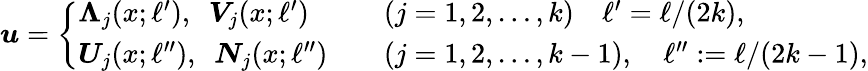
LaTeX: \begin{array}{r}{\boldsymbol{u}=\left\{ \begin{array}{ll}{\boldsymbol{\Lambda}_{j}(x;\ell^{\prime}),~~\boldsymbol{V}_{j}(x;\ell^{\prime})\quad}&{(j=1,2,\ldots,k)\quad\ell^{\prime}=\ell/(2k),}\\ {\boldsymbol{U}_{j}(x;\ell^{\prime\prime}),~~\boldsymbol{N}_{j}(x;\ell^{\prime\prime})\quad}&{(j=1,2,\ldots,k-1),\quad\ell^{\prime\prime}:=\ell/(2k-1),}\end{array}\right.}\end{array}